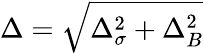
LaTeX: \Delta=\sqrt{\Delta_{\sigma}^{2}+\Delta_{B}^{2}}